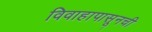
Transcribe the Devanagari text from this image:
विवाहापासूनची